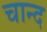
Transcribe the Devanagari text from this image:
चान्‍द